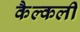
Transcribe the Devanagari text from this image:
कैल्कली